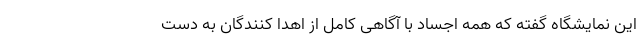
این نمایشگاه گفته که همه اجساد با آگاهی کامل از اهدا کنندگان به دست